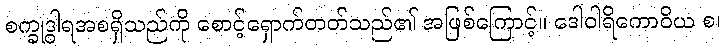
စက္ခုဒွါရအစရှိသည်ကို စောင့်ရှောက်တတ်သည်၏ အဖြစ်ကြောင့်။ ဒေါဝါရိကောဝိယ စ၊